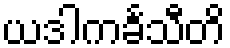
ယဒါကင်္ခသီတိ